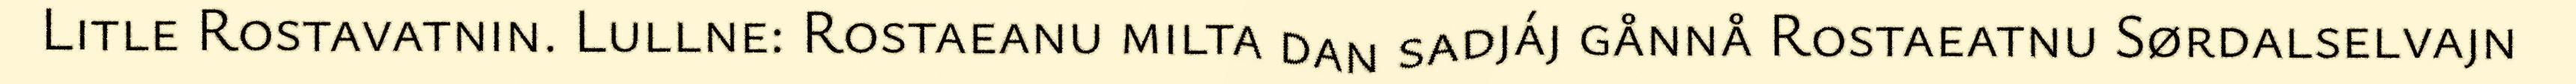
Litle Rostavatnin. Lullne: Rostaeanu milta dan sadjáj gånnå Rostaeatnu Sørdalselvajn